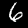
Label: 6